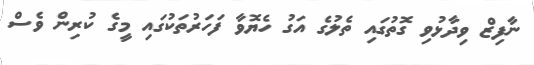
ނާފިޒް ވިދާޅުވި ގޮތުގައި ތެލުގެ އަގު ހެޔޮވާ ފަހަރުތަކުގައި މީގެ ކުރިން ވެސް